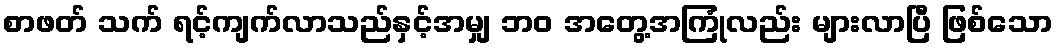
စာဖတ် သက် ရင့်ကျက်လာသည်နှင့်အမျှ ဘဝ အတွေ့အကြုံလည်း များလာပြီ ဖြစ်သော